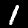
Label: 1